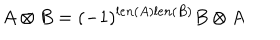
LaTeX: A \otimes B = ( - 1 ) ^ { l e n ( A ) l e n ( B ) } B \otimes A